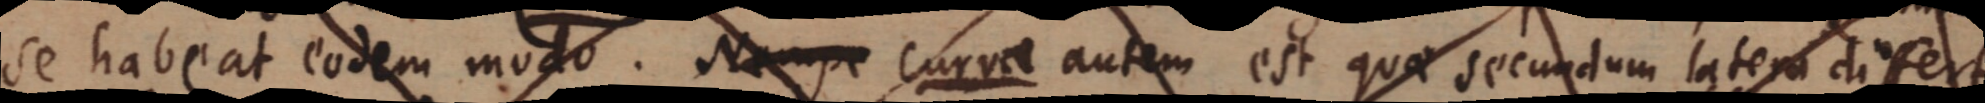
se habeat eodem modo. Nempe curva autem est quae secundum latem difert